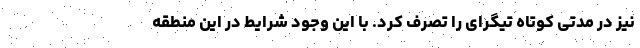
نیز در مدتی کوتاه تیگرای را تصرف کرد. با این وجود شرایط در این منطقه